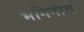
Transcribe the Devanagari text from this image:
भगिनींचे